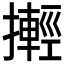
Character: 𢷰